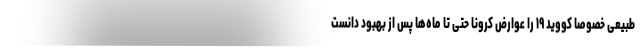
طبیعی خصوصاً کووید ۱۹ را عوارض کرونا حتی تا ماه‌ها پس از بهبود دانست